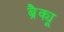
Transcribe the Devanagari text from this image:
ब्रैक्यू